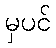
မှပင်